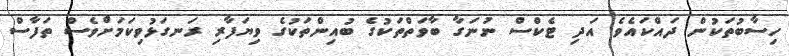
ހިސާބުތަކުން ދައްކައެވެ. އަދި ޓެކްސް ނުނަގާ ބާވަތްތަކުގެ ބުއިންތަކުގެ ވިޔަފާރި ރަނގަޅުވިކަމަށްވެސް ތަފާސް